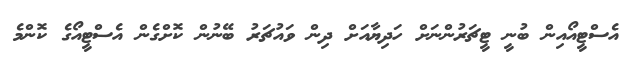
އެސްޓީއޯއިން ބުނީ ޓީޗަރުންނަށް ހަދިޔާއަށް ދިން ވައުޗަރު ބޭނުން ކޮށްގެން އެސްޓީއޯގެ ކޮންމެ